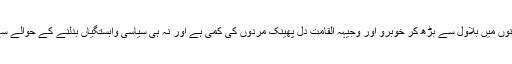
کہ نہ تو یہاں اقتدار کی دوڑ میں شریک سیاسی گھرانوں میں بلاول سے بڑھ کر خوبرو اور وجیہہ القامت دل پھینک مردوں کی کمی ہے اور نہ ہی سیاسی وابستگیاں بدلنے کے حوالے سے کسی سیاسی مرد و زن میں کوئی غیرت باقی ہے۔